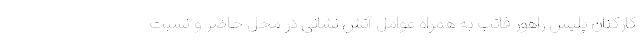
کارکنان پلیس راهور فاتب به همراه عوامل آتش نشانی در محل حاضر و نسبت